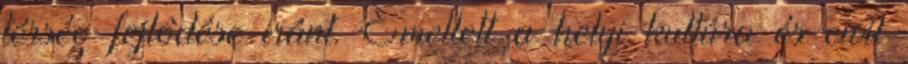
térség fejlôdése iránt. Emellett a helyi kultúra és civil